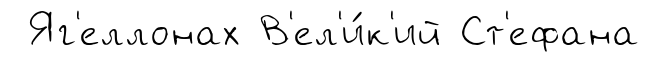
Яг'еллонах В'ел'и́к'ий Ст'ефана